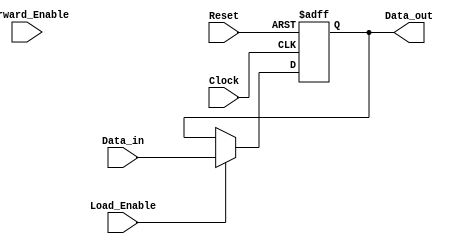
module ForwardingRegister (
    input wire [N-1:0] Data_in,      // N-bit input data
    input wire Forward_Enable,        // Forwarding enable signal
    input wire Load_Enable,           // Load enable signal
    input wire Clock,                 // Clock signal
    input wire Reset,                 // Asynchronous reset
    output reg [N-1:0] Data_out       // N-bit output data
);
    parameter N = 8; // Parameterizable width of the data bus

    // Asynchronous reset behavior
    always @(posedge Clock or posedge Reset) begin
        if (Reset) begin
            Data_out <= {N{1'b0}}; // Reset output to zero
        end else if (Load_Enable) begin
            Data_out <= Data_in;   // Load new data
        end else if (Forward_Enable) begin
            // Maintain current Data_out value (forwarding)
            // No assignment is needed, as it holds the previous value
        end
        // If neither Load_Enable nor Forward_Enable, Data_out retains its value
    end

endmodule